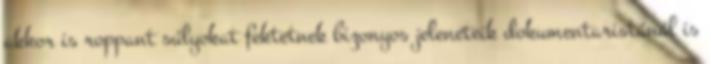
akkor is roppant súlyokat fektetnek bizonyos jeleneteik dokumentaristánál is